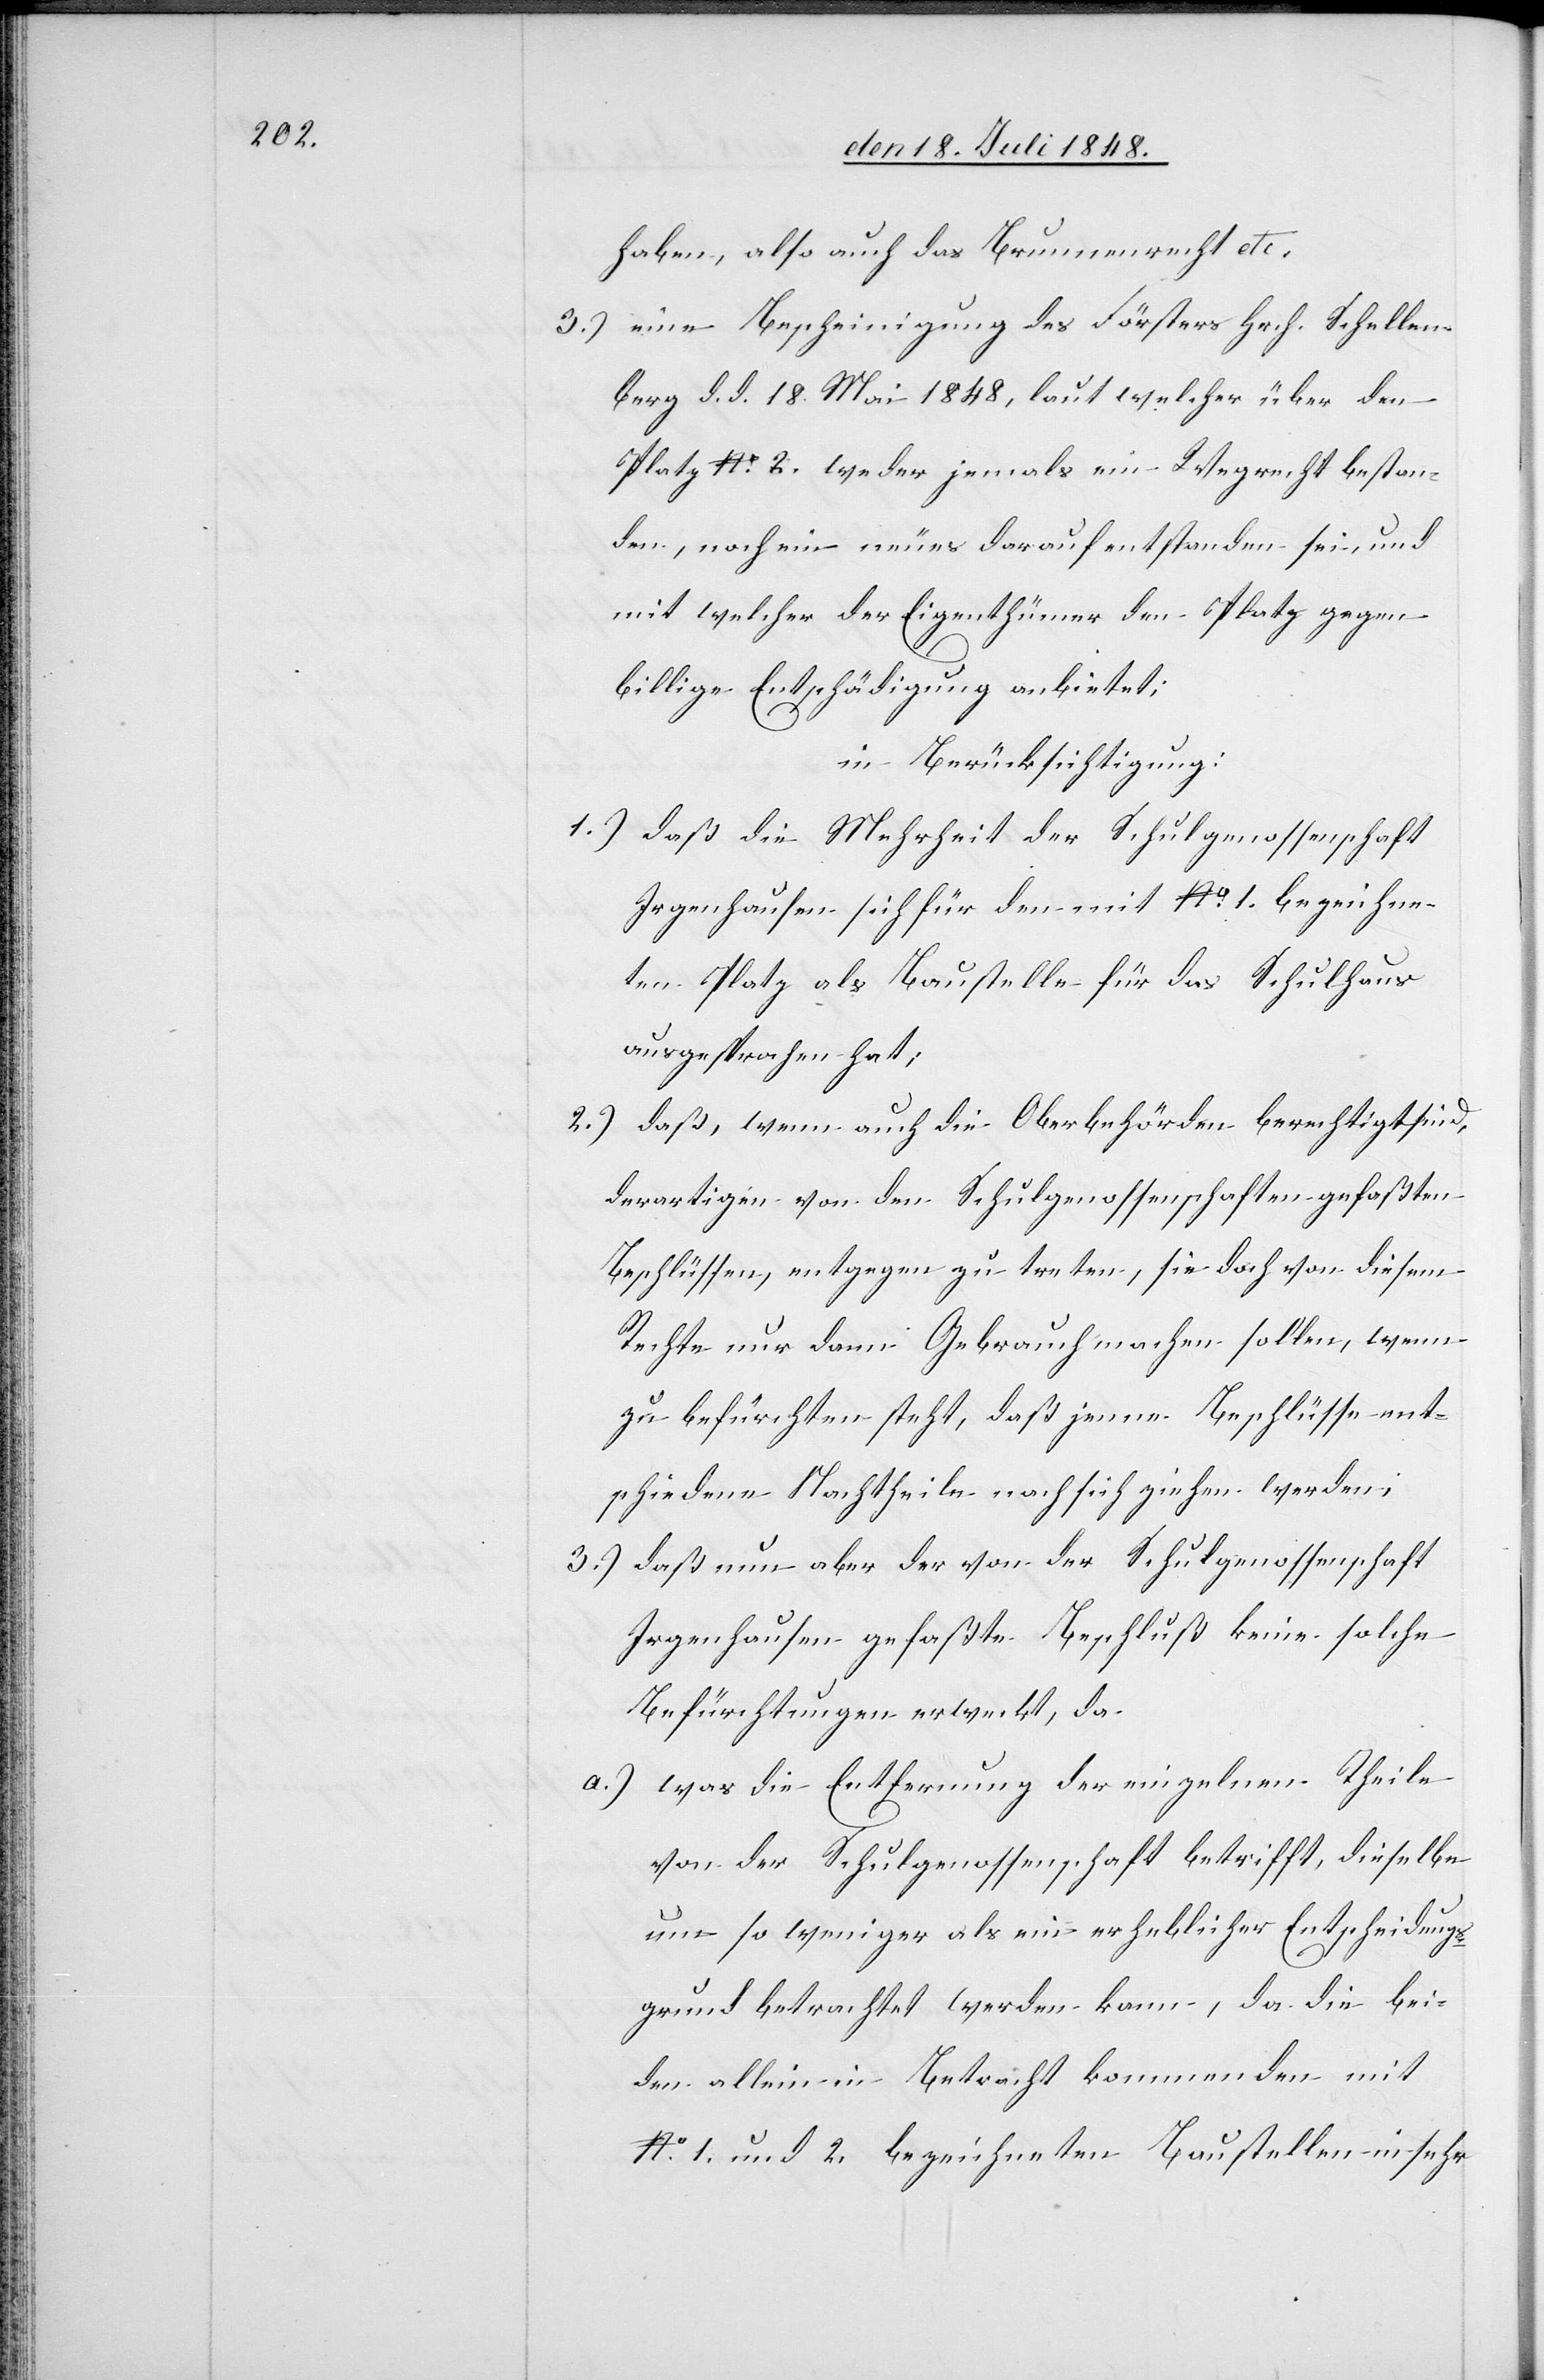
haben, also auch das Brunnenrecht etc.
3.) eine Bescheinigung des Försters Hrch. Schellen¬
berg d. d. 18. Mai 1848, laut welcher über den
Platz No 2. weder jemals ein Wegrecht bestan¬
den, noch ein neues darauf entstanden sei, und
mit welcher der Eigenthümer den Platz gegen
billige Entschädigung anbietet;
in Berücksichtigung
1.) daß die Mehrheit der Schulgenossenschaft
Irgenhausen sich für den mit No 1. bezeichne¬
ten Platz als Baustelle für das Schulhaus
ausgesprochen hat;
2.) daß, wenn auch die Oberbehörden berechtigt sind,
derartigen von den Schulgenossenschaften gefaßten
Beschlüssen, entgegen zu treten, sie doch von diesem
Rechte nur dann Gebrauch machen sollen, wenn
zu befürchten steht, daß jenne [sic!] Beschlüsse ent¬
schiedene Nachtheile nach sich ziehen werden.
3.) daß nun aber der von der Schulgenossenschaft
Irgenhausen gefaßte Beschluß keine solche
Befürchtungen erweckt, da
a.) was die Entfernung der einzelnen Theile
von der Schulgenossenschaft betrifft, dieselbe
um so weniger als ein erheblicher Entscheidungs¬
grund betrachtet werden kann, da die bei¬
den allein in Betracht kommenden mit
No 1. und 2. bezeichneten Baustellen in sehr